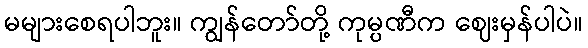
မများစေရပါဘူး။ ကျွန်တော်တို့ ကုမ္ပဏီက ဈေးမှန်ပါပဲ။